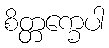
စိတ္တက္ခေပါ